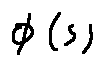
\phi ( s )